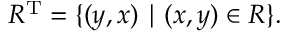
R ^ { \mathrm { T } } = \{ ( y , x ) \mid ( x , y ) \in R \} .